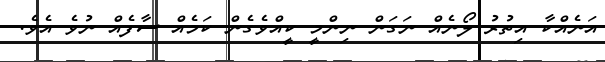
އަނެއްކާ އިތުރު ލޯނެއް ނަގަން ނިންމީ ކީއްވެގެން ކަމެއް ސާފެއް ނުވެ އެވެ.